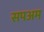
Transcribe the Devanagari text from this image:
सपअम